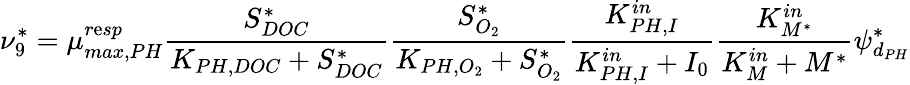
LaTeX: \nu_{9}^{*}=\mu_{max,PH}^{r\mathrm{e}sp}\frac{{S_{DOC}^{*}}}{{K_{PH,DOC}+S_{DOC}^{*}}}\frac{{S_{O_{2}}^{*}}}{{K_{PH,O_{2}}+S_{O_{2}}^{*}}}\frac{{K_{PH,I}^{in}}}{{K_{PH,I}^{in}+I_{0}}}\frac{{K_{M^{*}}^{in}}}{{K_{M}^{in}+M^{*}}}\psi_{d_{PH}}^{*}